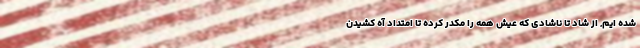
شده ایم, از شاد تا ناشادی که عیش همه را مکدر کرده تا امتداد آه کشیدن